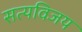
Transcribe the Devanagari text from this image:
सत्यविजय